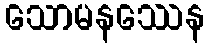
သောမနဿေန